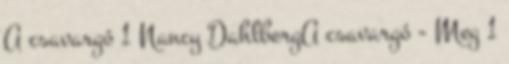
A csavargó 1 Nancy DahlbergA csavargó - Meg 1